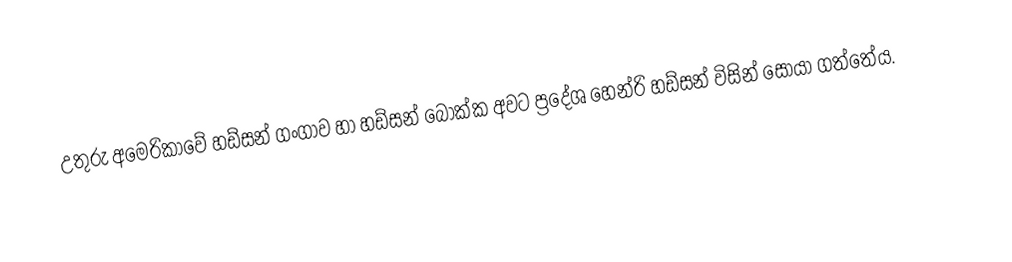
උතුරු අමෙරිකාවේ හඩ්සන් ගංගාව හා හඩ්සන් බොක්ක අවට ප්‍රදේශ හෙන්රි හඩ්සන් විසින් සොයා ගත්තේය.